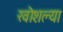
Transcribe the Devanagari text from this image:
खोशल्या